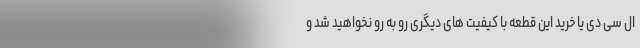
ال سی دی یا خرید این قطعه با کیفیت های دیگری رو به رو نخواهید شد و